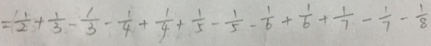
= \frac { 1 } { 2 } + \frac { 1 } { 3 } - \frac { 1 } { 3 } - \frac { 1 } { 4 } + \frac { 1 } { 4 } + \frac { 1 } { 5 } - \frac { 1 } { 5 } - \frac { 1 } { 6 } + \frac { 1 } { 6 } + \frac { 1 } { 7 } - \frac { 1 } { 7 } - \frac { 1 } { 8 }